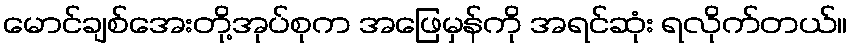
မောင်ချစ်အေးတို့အုပ်စုက အဖြေမှန်ကို အရင်ဆုံး ရလိုက်တယ်။